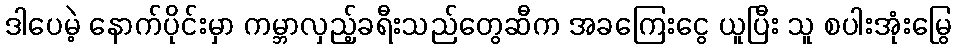
ဒါပေမဲ့ နောက်ပိုင်းမှာ ကမ္ဘာလှည့်ခရီးသည်တွေဆီက အခကြေးငွေ ယူပြီး သူ စပါးအုံးမြွေ